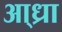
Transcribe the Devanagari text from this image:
आ्ध्रा